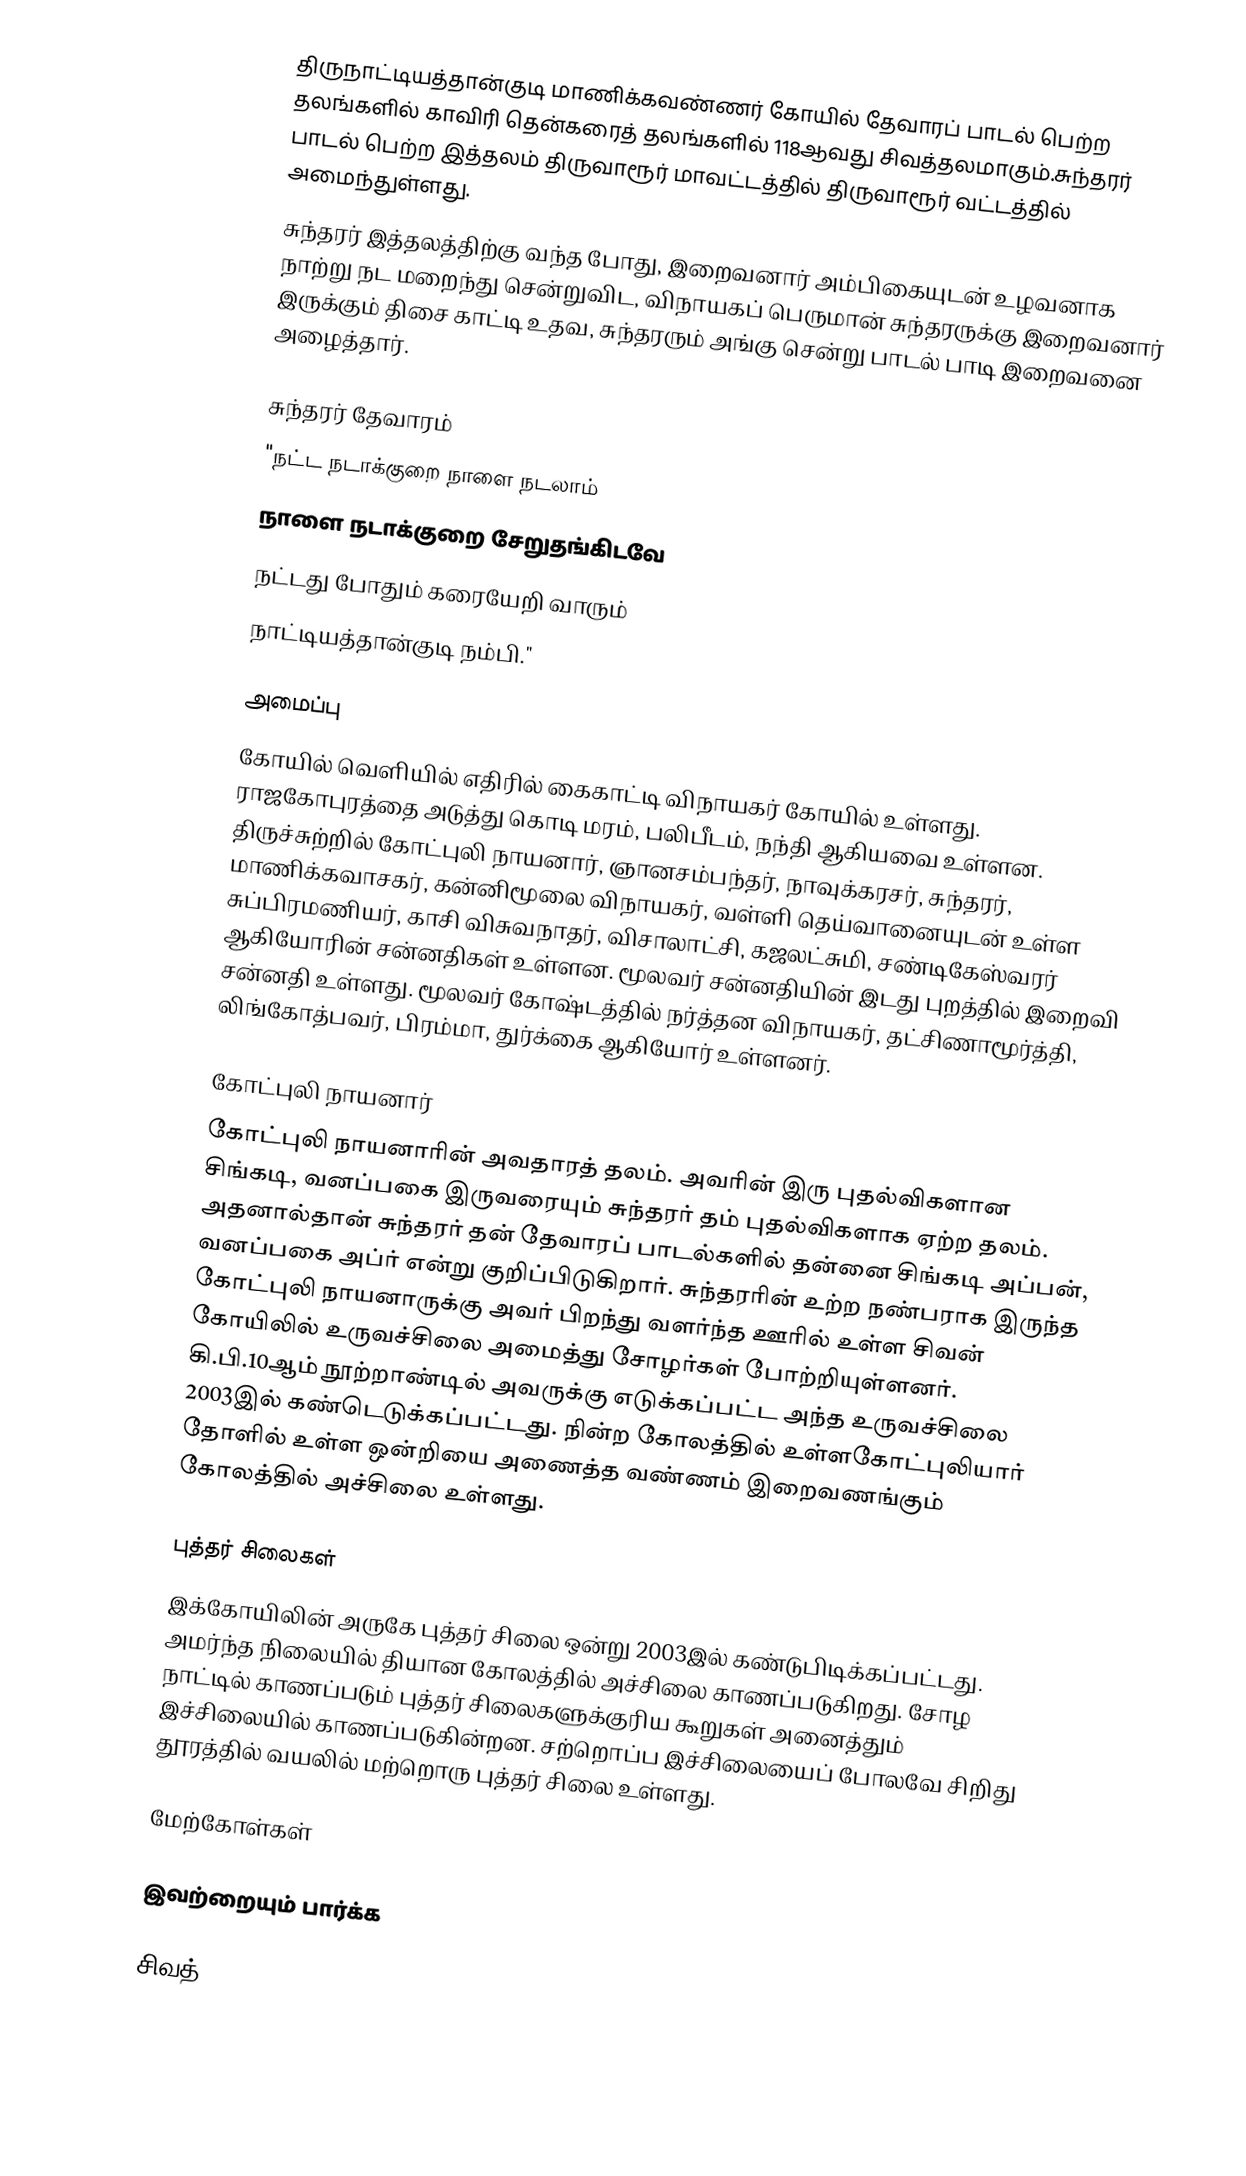
திருநாட்டியத்தான்குடி மாணிக்கவண்ணர் கோயில் தேவாரப் பாடல் பெற்ற தலங்களில் காவிரி தென்கரைத் தலங்களில் 118ஆவது சிவத்தலமாகும்.சுந்தரர் பாடல் பெற்ற இத்தலம் திருவாரூர் மாவட்டத்தில்  திருவாரூர் வட்டத்தில்  அமைந்துள்ளது.
சுந்தரர் இத்தலத்திற்கு வந்த போது, இறைவனார் அம்பிகையுடன் உழவனாக நாற்று நட மறைந்து சென்றுவிட, விநாயகப் பெருமான் சுந்தரருக்கு இறைவனார் இருக்கும் திசை காட்டி உதவ, சுந்தரரும் அங்கு சென்று பாடல் பாடி இறைவனை அழைத்தார்.

சுந்தரர் தேவாரம்
"நட்ட நடாக்குறை நாளை நடலாம்
நாளை நடாக்குறை சேறுதங்கிடவே
நட்டது போதும் கரையேறி வாரும்
நாட்டியத்தான்குடி நம்பி."

அமைப்பு
கோயில் வெளியில் எதிரில் கைகாட்டி விநாயகர் கோயில் உள்ளது. ராஜகோபுரத்தை அடுத்து கொடி மரம், பலிபீடம், நந்தி ஆகியவை உள்ளன. திருச்சுற்றில் கோட்புலி நாயனார், ஞானசம்பந்தர், நாவுக்கரசர், சுந்தரர், மாணிக்கவாசகர், கன்னிமூலை விநாயகர், வள்ளி தெய்வானையுடன் உள்ள சுப்பிரமணியர், காசி விசுவநாதர், விசாலாட்சி, கஜலட்சுமி, சண்டிகேஸ்வரர் ஆகியோரின் சன்னதிகள் உள்ளன. மூலவர் சன்னதியின் இடது புறத்தில் இறைவி சன்னதி உள்ளது. மூலவர் கோஷ்டத்தில் நர்த்தன விநாயகர், தட்சிணாமூர்த்தி, லிங்கோத்பவர், பிரம்மா, துர்க்கை ஆகியோர் உள்ளனர்.

கோட்புலி நாயனார்
கோட்புலி நாயனாரின் அவதாரத் தலம். அவரின் இரு புதல்விகளான சிங்கடி, வனப்பகை இருவரையும் சுந்தரர் தம் புதல்விகளாக ஏற்ற தலம். அதனால்தான் சுந்தரர் தன் தேவாரப் பாடல்களில் தன்னை சிங்கடி அப்பன், வனப்பகை அப்ர் என்று குறிப்பிடுகிறார். சுந்தரரின் உற்ற நண்பராக இருந்த கோட்புலி நாயனாருக்கு அவர் பிறந்து வளர்ந்த ஊரில் உள்ள சிவன் கோயிலில் உருவச்சிலை அமைத்து சோழர்கள் போற்றியுள்ளனர். கி.பி.10ஆம் நூற்றாண்டில் அவருக்கு எடுக்கப்பட்ட அந்த உருவச்சிலை 2003இல்  கண்டெடுக்கப்பட்டது. நின்ற கோலத்தில் உள்ளகோட்புலியார் தோளில் உள்ள ஒன்றியை அணைத்த வண்ணம் இறைவணங்கும் கோலத்தில் அச்சிலை உள்ளது.

புத்தர் சிலைகள்
இக்கோயிலின் அருகே புத்தர் சிலை ஒன்று 2003இல் கண்டுபிடிக்கப்பட்டது. அமர்ந்த நிலையில் தியான கோலத்தில் அச்சிலை காணப்படுகிறது. சோழ நாட்டில் காணப்படும் புத்தர் சிலைகளுக்குரிய கூறுகள் அனைத்தும் இச்சிலையில் காணப்படுகின்றன. சற்றொப்ப இச்சிலையைப் போலவே சிறிது தூரத்தில் வயலில் மற்றொரு புத்தர் சிலை உள்ளது.

மேற்கோள்கள்

இவற்றையும் பார்க்க

 சிவத்